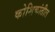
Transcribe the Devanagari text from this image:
कोशिकांतील